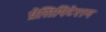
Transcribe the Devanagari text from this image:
प्रेसिपिटेशन